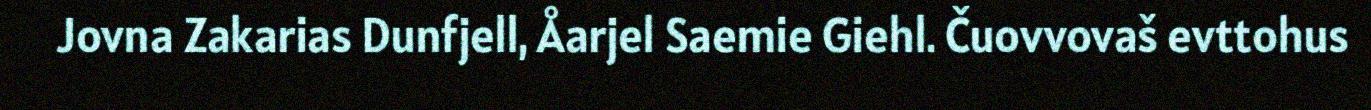
Jovna Zakarias Dunfjell, Åarjel Saemie Giehl. Čuovvovaš evttohus